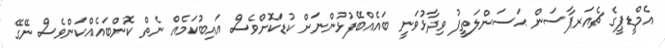
އެމްޑީޕީގެ ޗެއަރޕާސަން ޙަސަންލަތީފު ވިދާޅުވަނީ ބައެއްބޭފުޅުންނަށް ކުޑަކޮށްވެސް އައިބުކަމެއް ނެތް ކޮންބައެއްކަންވެސް ނޭގޭ